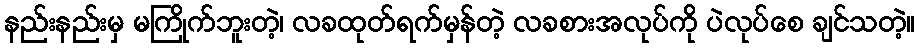
နည်းနည်းမှ မကြိုက်ဘူးတဲ့၊ လခထုတ်ရက်မှန်တဲ့ လခစားအလုပ်ကို ပဲလုပ်စေ ချင်သတဲ့။